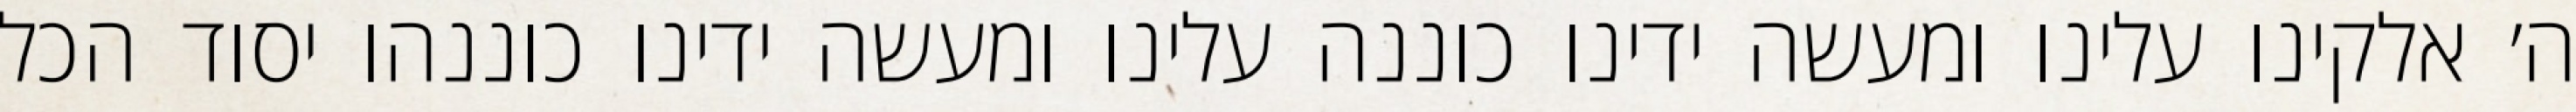
ה׳ אלקינו עלינו ומעשה ידינו כוננה עלינו ומעשה ידינו כוננהו יסוד הכל